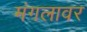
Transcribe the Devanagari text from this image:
मंगलावर